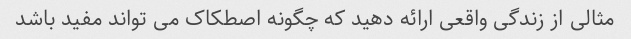
مثالی از زندگی واقعی ارائه دهید که چگونه اصطکاک می تواند مفید باشد